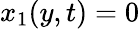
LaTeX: x_{1}(y,t)=0